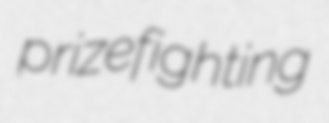
prizefighting